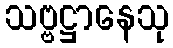
သဗ္ဗဋ္ဌာနေသု